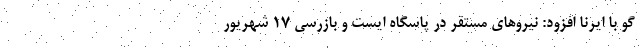
گو با ایرنا افزود: نیروهای مستقر در پاسگاه ایست و بازرسی ۱۷ شهریور